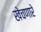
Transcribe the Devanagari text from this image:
खेचणारे